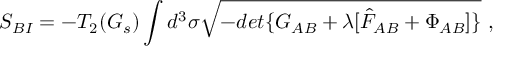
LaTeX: S _ { B I } = - T _ { 2 } ( G _ { s } ) \int d ^ { 3 } \sigma \sqrt { - d e t \{ G _ { A B } + \lambda [ \hat { F } _ { A B } + \Phi _ { A B } ] \} } \ ,